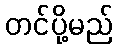
တင်ပို့မည်